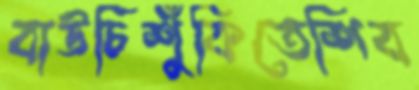
বাউচিশুঁকিতেশিব